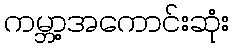
ကမ္ဘာ့အကောင်းဆုံး